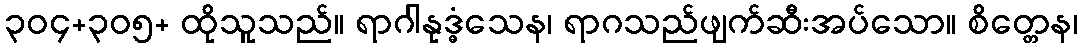
၃၀၄+၃၀၅+ ထိုသူသည်။ ရာဂါနုဒ္ဓံသေန၊ ရာဂသည်ဖျက်ဆီးအပ်သော။ စိတ္တေန၊